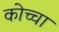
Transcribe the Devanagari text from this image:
कोच्चा